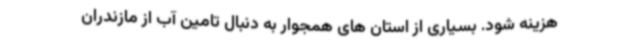
هزینه شود. بسیاری از استان های همجوار به دنبال تامین آب از مازندران